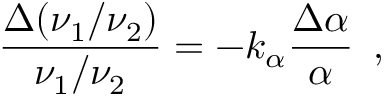
\frac { \Delta ( \nu _ { 1 } / \nu _ { 2 } ) } { \nu _ { 1 } / \nu _ { 2 } } = - k _ { \alpha } \frac { \Delta \alpha } { \alpha } \, \textrm { , }